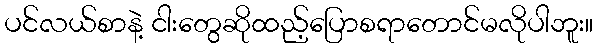
ပင်လယ်စာနဲ့ ငါးတွေဆိုထည့်ပြောစရာတောင်မလိုပါဘူး။